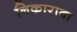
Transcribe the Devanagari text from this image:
निकारावा